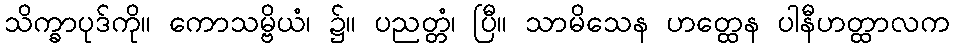
သိက္ခာပုဒ်ကို။ ကောသမ္ဗိယံ၊ ၌။ ပညတ္တံ၊ ပြီ။ သာမိသေန ဟတ္ထေန ပါနီဟတ္ထာလက